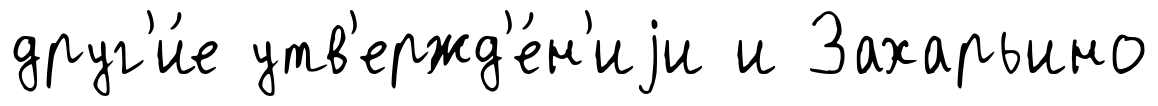
друг'и́е утв'ержд'е́н'иjи и Захарьино